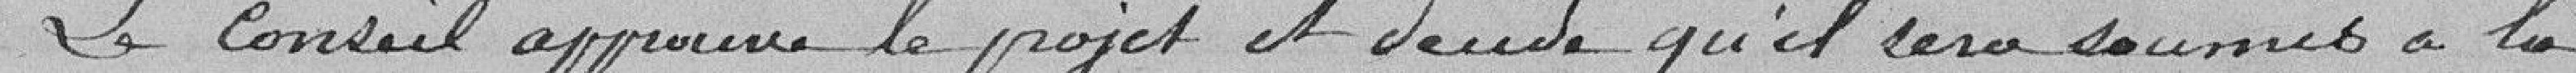
Le Conseil approuve le projet et décide qu'il sera soumis à la